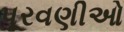
પૂરવણીઓ